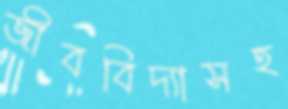
জীববিদ্যাসহ